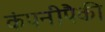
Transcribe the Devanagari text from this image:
कंपनीपैकी